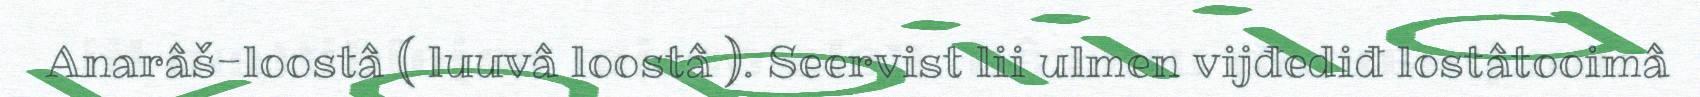
Anarâš-loostâ ( luuvâ loostâ ). Seervist lii ulmen vijđediđ lostâtooimâ